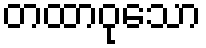
တထာဝုသော